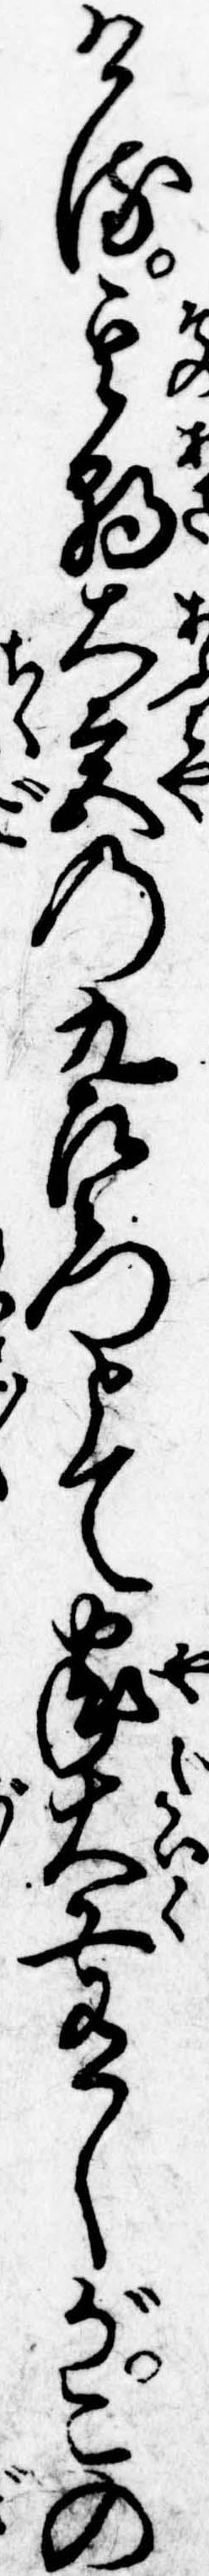
ける其朝大宮の九左衛門とて家大工有しがこの